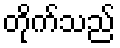
တိုက်သည်